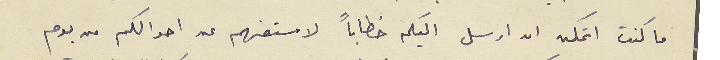
ما كنت اتمكن ان ارسل اليكم خطاباً لاستفهم عن احوالكم من يوم